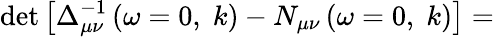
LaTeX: \operatorname*{d\mathrm{e}t}\left[\Delta_{\mu\nu}^{-1}\left(\omega=0,\; k\right)-N_{\mu\nu}\left(\omega=0,\; k\right)\right]=